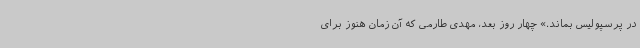
در پرسپولیس بماند.» چهار روز بعد، مهدی طارمی که آن زمان هنوز برای